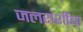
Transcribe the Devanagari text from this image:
जलराशींचा